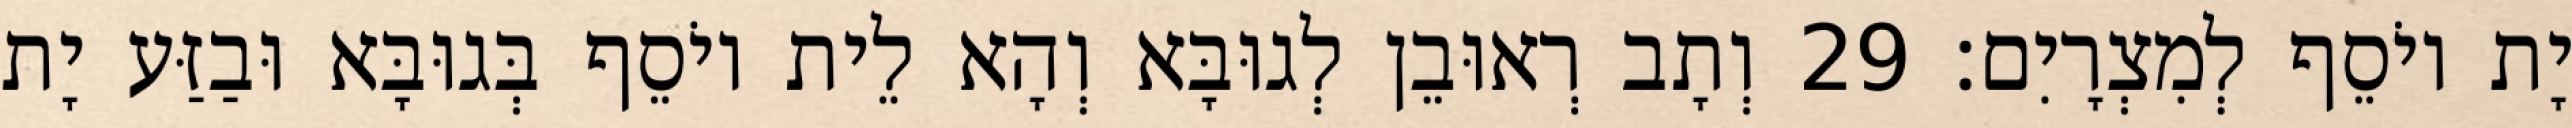
יָת יוֹסֵף לְמִצְרָיִם׃ 29 וְתָב רְאוּבֵן לְגוּבָּא וְהָא לֵית יוֹסֵף בְּגוּבָּא וּבַזַּע יָת